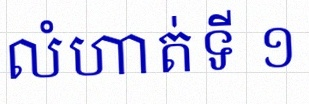
លំហាត់ទី ១